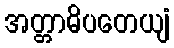
အတ္တာဓိပတေယျံ